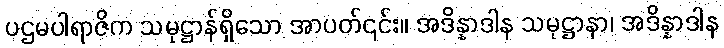
ပဌမပါရာဇိက သမုဋ္ဌာန်ရှိသော အာပတ်၎င်း။ အဒိန္နာဒါန သမုဋ္ဌာနာ၊ အဒိန္နာဒါန